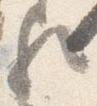
歟